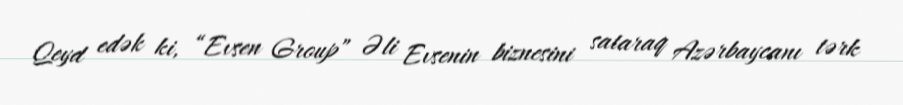
Qeyd edək ki, “Evsen Group” Əli Evsenin biznesini sataraq Azərbaycanı tərk